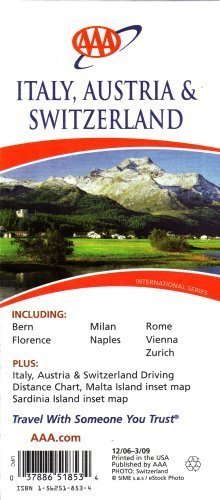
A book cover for AAA Italy, Austria & Switzerland: Including Bern, Florence, Milan, Naples, Rome, Vienna, Zurich: Plu; AAA; Travel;